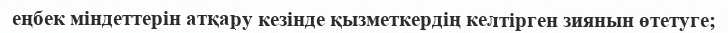
еңбек міндеттерін атқару кезінде қызметкердің келтірген зиянын өтетуге;